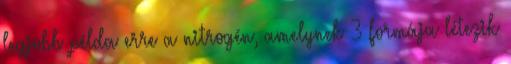
legjobb példa erre a nitrogén, amelynek 3 formája létezik